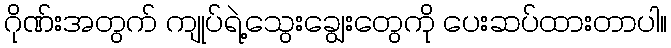
ဂိုဏ်းအတွက် ကျုပ်ရဲ့သွေးချွေးတွေကို ပေးဆပ်ထားတာပါ။